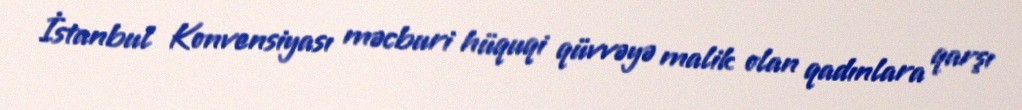
İstanbul Konvensiyası məcburi hüquqi qüvvəyə malik olan qadınlara qarşı